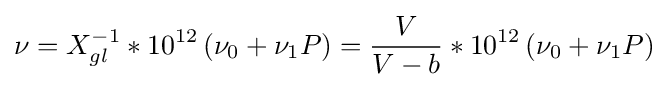
\nu =X_{gl}^{-1}*10^{12}\left(\nu _{0}+\nu _{1}P\right)={\frac {V}{V-b}}*10^{12}\left(\nu _{0}+\nu _{1}P\right)